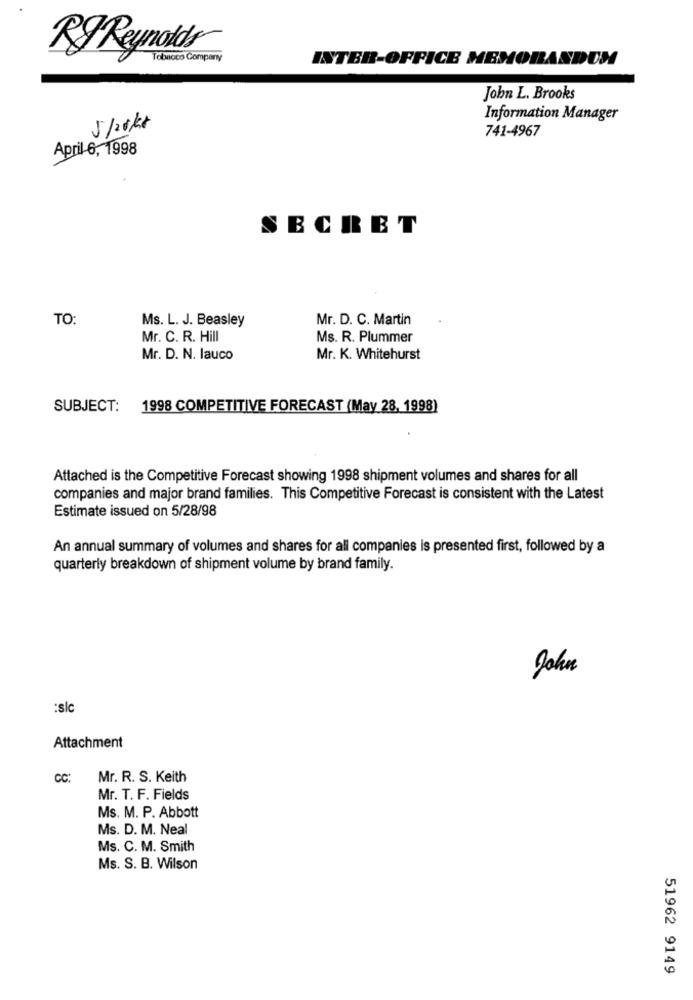
RJ Reynolds
Tobacco Company
INTER-OFFICE MEMORANDUM
John L. Brooks
Information Manager
5/20kč
741-4967
April-6, 1998
SECRET
TO:
Ms. L. J. Beasley
Mr. D. C. Martin
Mr. C. R. Hill
Ms. R. Plummer
Mr. D. N. lauco
Mr. K. Whitehurst
SUBJECT:
1998 COMPETITIVE FORECAST (May 28, 1998)
Attached is the Competitive Forecast showing 1998 shipment volumes and shares for all
companies and major brand families. This Competitive Forecast is consistent with the Latest
Estimate issued on 5/28/98
An annual summary of volumes and shares for all companies is presented first, followed by a
quarterly breakdown of shipment volume by brand family.
John
:si
Attachment
CC:
Mr. R. S. Keith
Mr. T. F. Fields
Ms. M. P. Abbott
Ms. D. M. Neal
Ms. C. M. Smith
Ms. S. B. Wilson
51962 9149